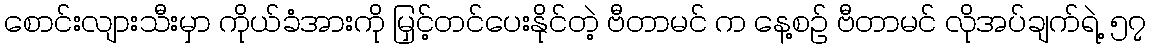
စောင်းလျားသီးမှာ ကိုယ်ခံအားကို မြှင့်တင်ပေးနိုင်တဲ့ ဗီတာမင် က နေ့စဉ် ဗီတာမင် လိုအပ်ချက်ရဲ့ ၅၇